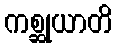
ကစ္ဆုယာတိ